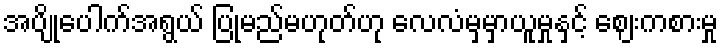
အပျိုပေါက်အရွယ် ပြုမည်မဟုတ်ဟု လေလံမှမှာယူမှုနှင့် ဈေးကစားမှု